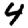
Digit: 4